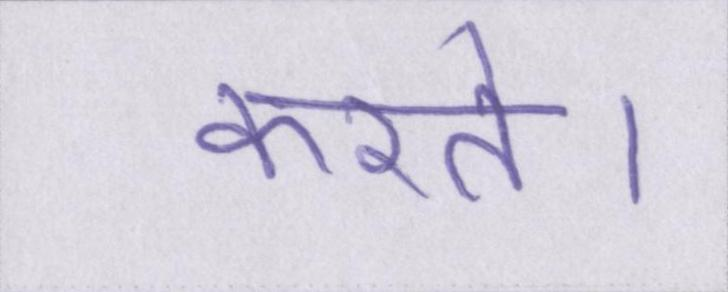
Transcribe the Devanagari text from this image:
करते।